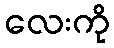
လေးကို